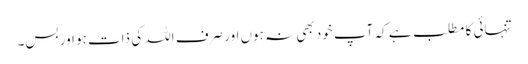
تنہائی کا مطلب ہے کہ آپ خود بھی نہ ہوں اور صرف اللہ کی ذات ہو اور بس۔